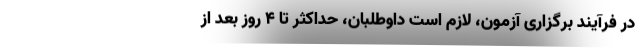
در فرآیند برگزاری آزمون، لازم است داوطلبان، حداکثر تا ۴ روز بعد از